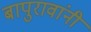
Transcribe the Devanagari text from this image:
बापुरावांनी